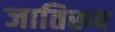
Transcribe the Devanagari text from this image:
जातिरूप